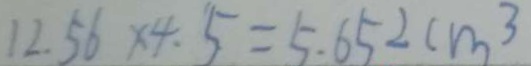
1 2 . 5 6 \times 4 . 5 = 5 . 6 5 2 c m ^ { 3 }